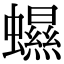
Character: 䗾